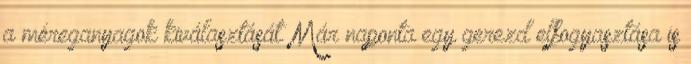
a méreganyagok kiválasztását. Már naponta egy gerezd elfogyasztása is